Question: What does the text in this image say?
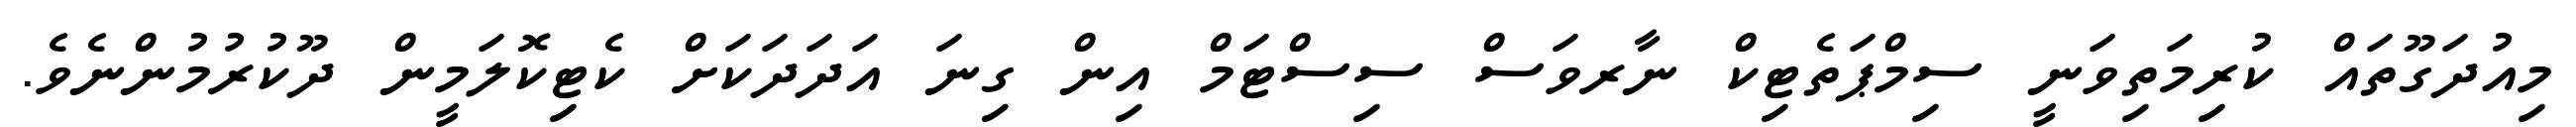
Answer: މިއުދަގޫތައް ކުރިމަތިވަނީ ސިމްޕަތެޓިކް ނާރވަސް ސިސްޓަމް އިން ގިނަ އަދަދަކަށް ކެޓިކޮލަމީން ދޫކުރުމުންނެވެ.